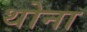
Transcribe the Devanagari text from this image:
थोना